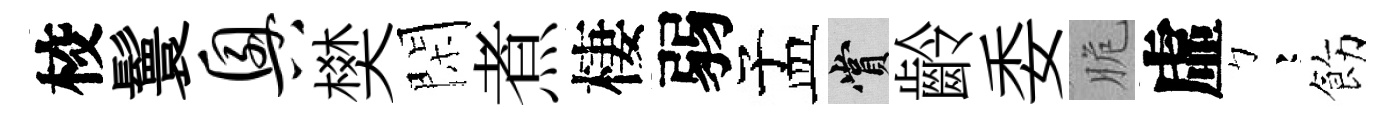
校鬟兴樊閑煮棲弱孟賞齡委脆虛彎飭